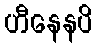
ဟီနေနပိ